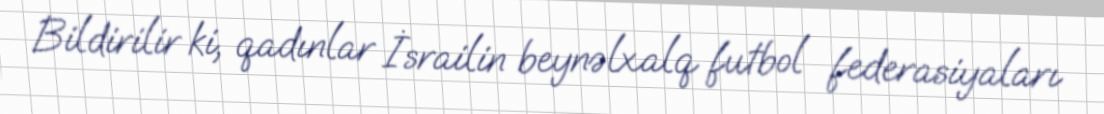
Bildirilir ki, qadınlar İsrailin beynəlxalq futbol federasiyaları